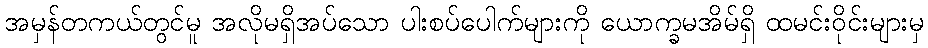
အမှန်တကယ်တွင်မူ အလိုမရှိအပ်သော ပါးစပ်ပေါက်များကို ယောက္ခမအိမ်ရှိ ထမင်းဝိုင်းများမှ